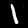
Digit: 1